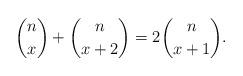
LaTeX: \begin{align*}\binom{n}{x}+\binom{n}{x+2}=2\binom{n}{x+1}.\end{align*}